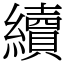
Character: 續